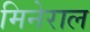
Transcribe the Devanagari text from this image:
मिनेराल